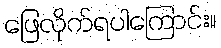
ဖြေလိုက်ရပါကြောင်း။